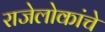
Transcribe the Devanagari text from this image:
राजेलोकांचे